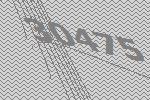
30475